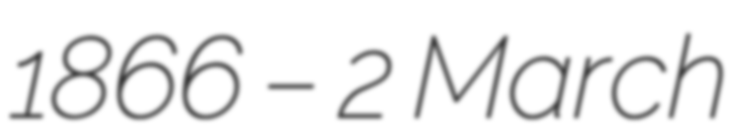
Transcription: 1866 – 2 March